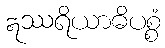
ဣဿရိယာဓိပစ္စံ